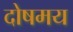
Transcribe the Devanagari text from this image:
दोषमय